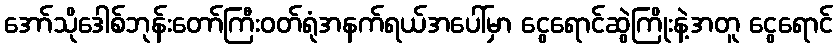
အော်သိုဒေါစ်ဘုန်းတော်ကြီးဝတ်ရုံအနက်ရယ်အပေါ်မှာ ငွေရောင်ဆွဲကြိုးနဲ့အတူ ငွေရောင်